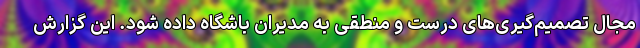
مجال تصمیم‌گیری‌های درست و منطقی به مدیران باشگاه داده شود. این گزارش